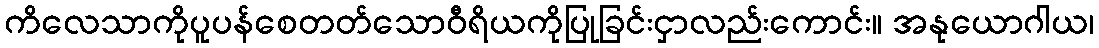
ကိလေသာကိုပူပန်စေတတ်သောဝီရိယကိုပြုခြင်းငှာလည်းကောင်း။ အနုယောဂါယ၊